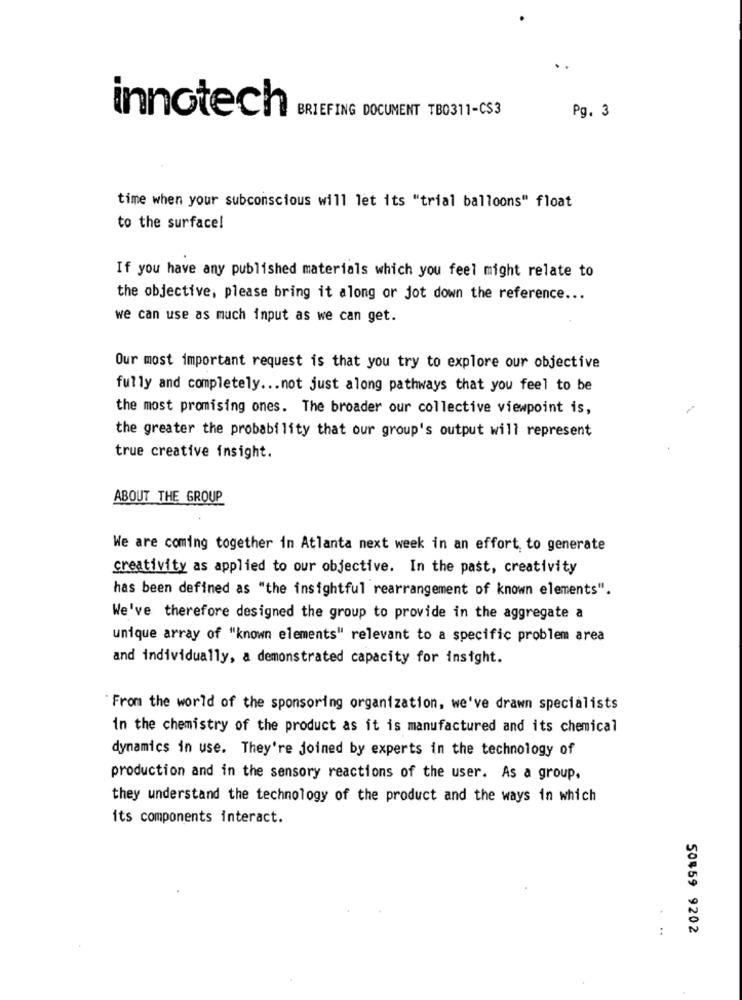
BRIEFING DOCUMENT TB0311-CS3
Pg. 3
innotech
time when your subconscious will let its "trial balloons" float
to the surface!
If you have any published materials which you feel might relate to
the objective, please bring it along or jot down the reference ...
we can use as much input as we can get.
Our most important request is that you try to explore our objective
fully and completely ... not just along pathways that you feel to be
the most promising ones. The broader our collective viewpoint is,
the greater the probability that our group's output will represent
true creative insight.
ABOUT THE GROUP
We are coming together in Atlanta next week in an effort to generate
creativity as applied to our objective. In the past, creativity
has been defined as "the insightful rearrangement of known elements".
We've therefore designed the group to provide in the aggregate a
unique array of "known elements" relevant to a specific problem area
and individually, a demonstrated capacity for insight.
From the world of the sponsoring organization, we've drawn specialists
in the chemistry of the product as it is manufactured and its chemical
dynamics in use. They're joined by experts in the technology of
production and in the sensory reactions of the user. As a group.
they understand the technology of the product and the ways in which
its components interact.
50459 9202